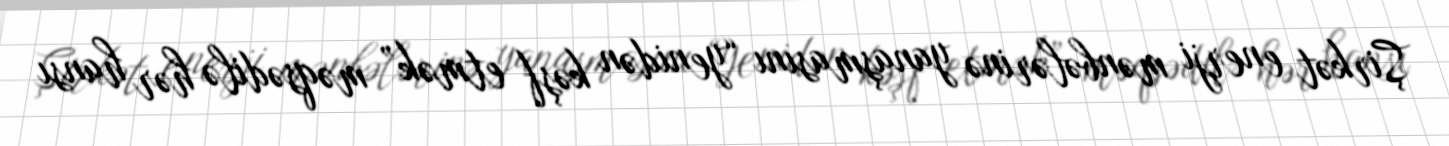
Şirkət enerji mənbələrinə yanaşmasını “yenidən kəşf etmək” məqsədilə hər hansı